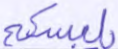
يلبسكم